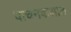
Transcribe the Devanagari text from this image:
वाचनकक्षात